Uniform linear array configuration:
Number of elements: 12
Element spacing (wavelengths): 0.25
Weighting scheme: binomial
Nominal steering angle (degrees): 15
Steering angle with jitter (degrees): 13.779
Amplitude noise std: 0.05
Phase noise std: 0.05

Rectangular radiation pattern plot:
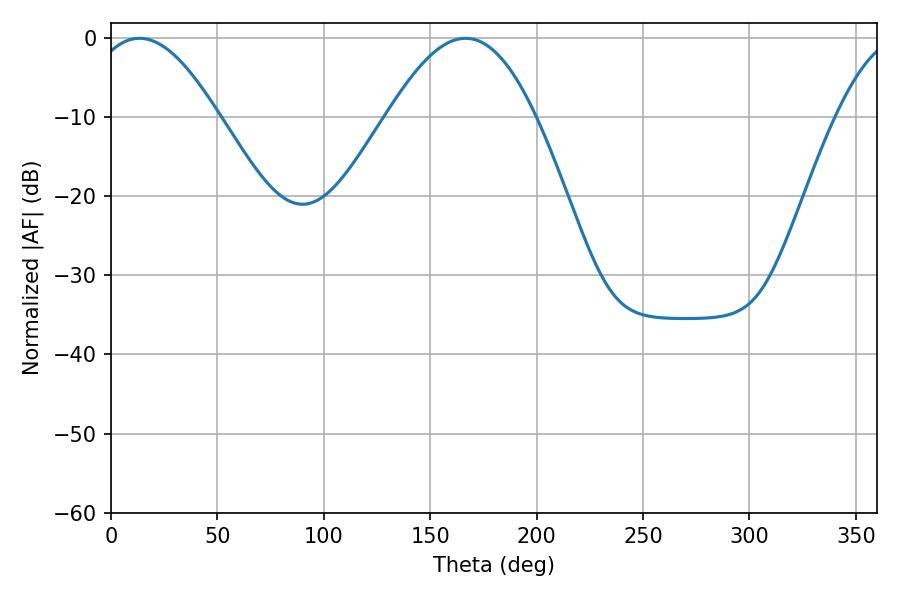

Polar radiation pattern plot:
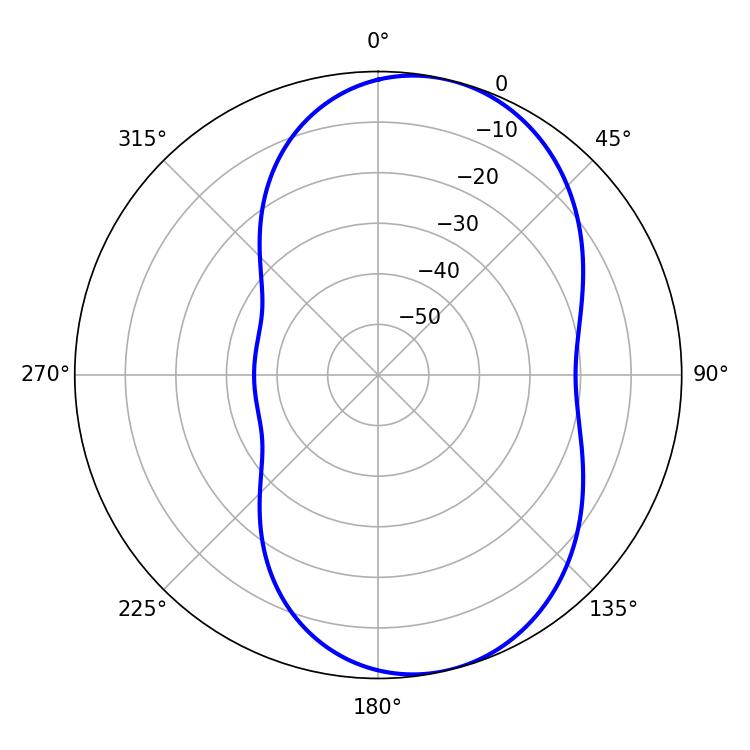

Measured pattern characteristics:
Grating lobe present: FALSE
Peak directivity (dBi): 7.418
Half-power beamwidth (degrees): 32.94
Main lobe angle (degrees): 13.32